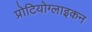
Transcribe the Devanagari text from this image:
प्रोटियोग्लाइकन